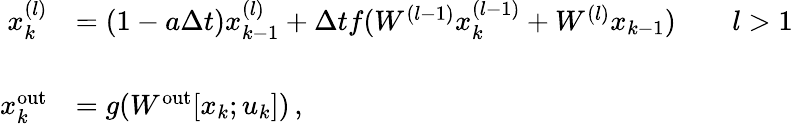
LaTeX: \begin{array}{rl}{x_{k}^{(l)}}&{=\left(1-a\Delta t\right)x_{k-1}^{(l)}+\Delta tf(W^{(l-1)}x_{k}^{(l-1)}+W^{(l)}x_{k-1})\qquad l>1}\\ &{}\\ {x_{k}^{\mathrm{out}}}&{=g(W^{\mathrm{out}}[x_{k};u_{k}])\, ,}\end{array}